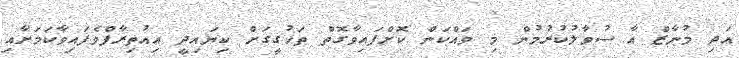
އަދި މުނާޒް އާ ސުވާލުކުރުމުން މި ވައްކަން ކޮށްފައިވާގޮތް ތަހުގީގަށް ކިޔައިދީ އިއުތިރާފްވެފައިވާކަމަށާއި